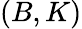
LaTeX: (B,K)